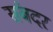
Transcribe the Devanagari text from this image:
संबदर